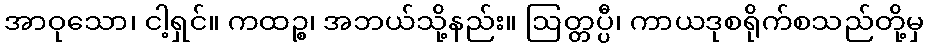
အာဝုသော၊ ငါ့ရှင်။ ကထဉ္စ၊ အဘယ်သို့နည်း။ ဩတ္တပ္ပီ၊ ကာယဒုစရိုက်စသည်တို့မှ